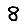
Digit: 8